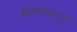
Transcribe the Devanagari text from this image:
कैममबर्ट